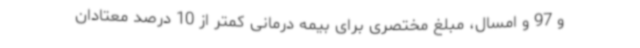
و 97 و امسال، مبلغ مختصری برای بیمه درمانی کمتر از 10 درصد معتادان